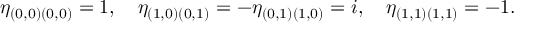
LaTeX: \eta _ { ( 0 , 0 ) ( 0 , 0 ) } = 1 , \quad \eta _ { ( 1 , 0 ) ( 0 , 1 ) } = - \eta _ { ( 0 , 1 ) ( 1 , 0 ) } = i , \quad \eta _ { ( 1 , 1 ) ( 1 , 1 ) } = - 1 .